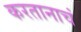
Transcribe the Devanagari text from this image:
करतानाचं